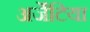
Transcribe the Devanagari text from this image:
अर्जेंटिया